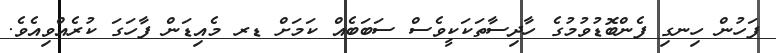
ފަހުން ހިނގި ފެންބޮޑުވުމުގެ ހާދިސާތަކަކީވެސް ސަބަބެއް ކަމަށް ޑރ މެއިޑަން ފާހަގަ ކުރެއްވިއެވެ.